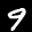
Label: 9